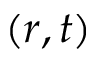
( r , t )